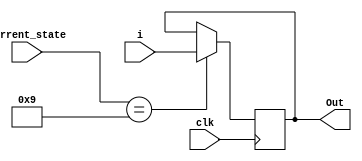
module Gan(Out, current_state, i, clk);
	input clk, i;
	input [7:0] current_state;
	output reg Out;
	
	always @ (posedge clk)
	begin
		if(current_state == 8'd9)
			Out <= i;
		else
			Out <= Out;
	end
endmodule